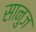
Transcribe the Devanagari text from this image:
सानुज